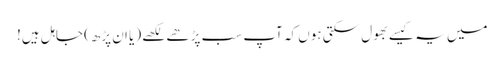
میں یہ کیسے بھول سکتی ہوں کہ آپ سب پڑھے لکھے (یا ان پڑھ) جاہل ہیں!